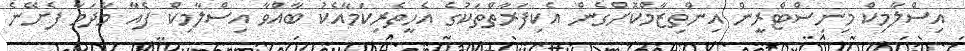
އިސްލާމިކް މިނިސްޓްރީން އިންތިޒާމްކޮށްގެން އެކިފަރާތްތަކުގެ އެހީތެރިކަމާއެކު ބާއްވާ އިސްލާމިކް ފެއާ މާދަމާ ފެށޭނެ